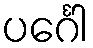
ပင်္ဂေါ